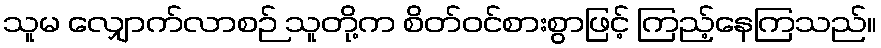
သူမ လျှောက်လာစဉ် သူတို့က စိတ်ဝင်စားစွာဖြင့် ကြည့်နေကြသည်။